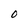
Character: O